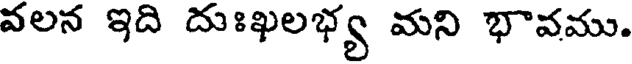
వలన ఇది దుఃఖలభ్య మని భావము.